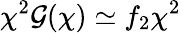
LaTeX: \chi^{2}\mathcal{G}(\chi)\simeq f_{2}\chi^{2}